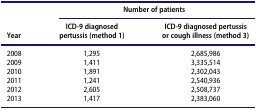
<table><thead><tr><td><b> </b></td><td colspan="2"><b>Number of patients</b></td></tr><tr><td><b>Year</b></td><td><b>ICD-9 diagnosed pertussis (method 1)</b></td><td><b>ICD-9 diagnosed pertussis or cough illness (method 3)</b></td></tr></thead><tbody><tr><td>2008</td><td>1,295</td><td>2,685,986</td></tr><tr><td>2009</td><td>1,411</td><td>3,335,514</td></tr><tr><td>2010</td><td>1,891</td><td>2,302,043</td></tr><tr><td>2011</td><td>1,241</td><td>2,540,936</td></tr><tr><td>2012</td><td>2,605</td><td>2,508,737</td></tr><tr><td>2013</td><td>1,417</td><td>2,383,060</td></tr></tbody></table>